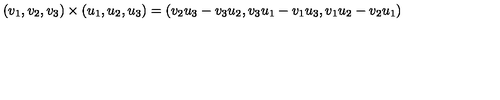
( v _ { 1 } , v _ { 2 } , v _ { 3 } ) \times ( u _ { 1 } , u _ { 2 } , u _ { 3 } ) = ( v _ { 2 } u _ { 3 } - v _ { 3 } u _ { 2 } , v _ { 3 } u _ { 1 } - v _ { 1 } u _ { 3 } , v _ { 1 } u _ { 2 } - v _ { 2 } u _ { 1 } )